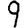
Digit: 9